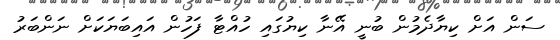
ސަން އަށް ކިޔާދެމުން ބުނީ އޭނާ ކިޔުގައި ހުއްޓާ ފަހުން އައިބަޔަކަށް ނަންބަރު